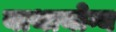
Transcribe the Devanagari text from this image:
याथायोग्य